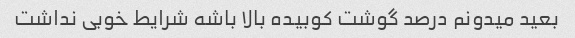
بعید میدونم درصد گوشت کوبیده بالا باشه شرایط خوبی نداشت